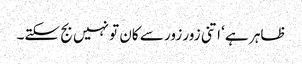
ظاہر ہے ‘ اتنی زور زور سے کان تو نہیں بج سکتے۔